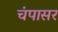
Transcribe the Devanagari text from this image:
चंपासर